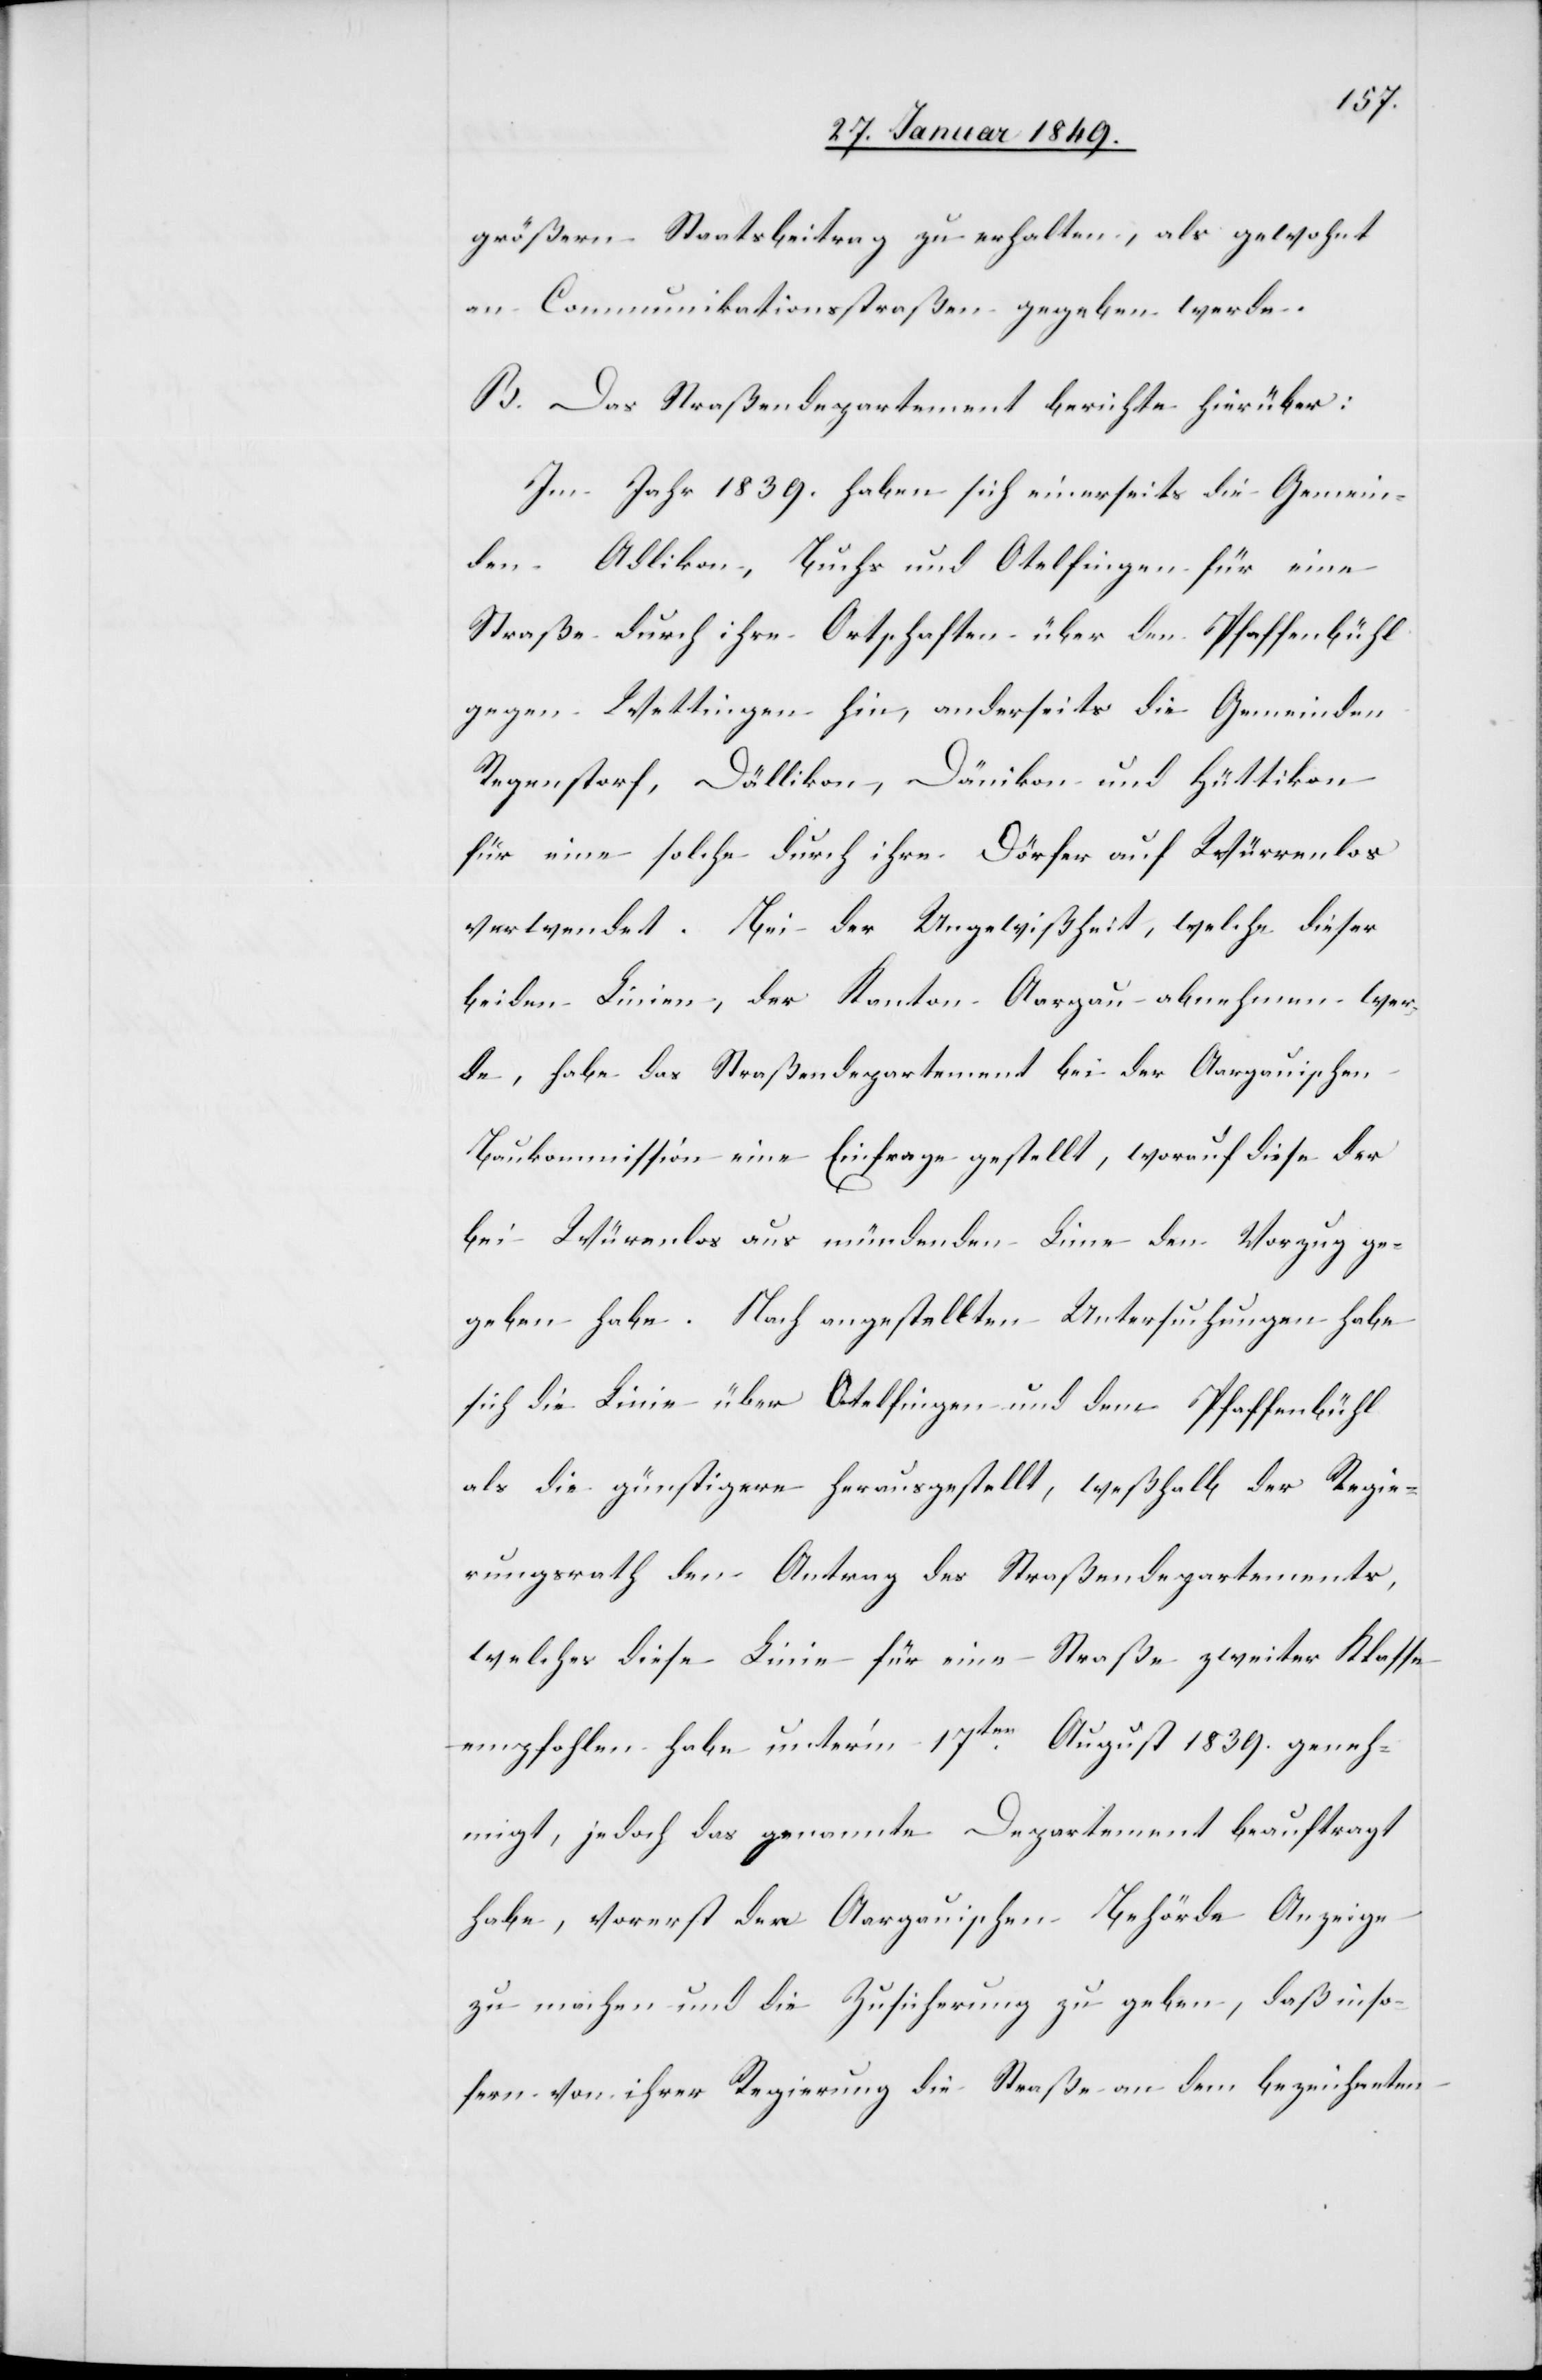
größern Staatsbeitrag zu erhalten, als gewohnt
an Communikationsstraßen gegeben werde.
B. Das Straßendepartement berichte hierüber:
Im Jahr 1839. haben sich einerseits die Gemein¬
den Adlikon, Buchs und Otelfingen für eine
Straße durch ihre Ortschaften über den Pfaffenbühl
gegen Wettingen hin, anderseits die Gemeinden
Regenstorf, Dällikon, Dänikon und Hüttikon
für eine solche durch ihre Dörfer auf Würrenlos
verwendet. Bei der Ungewißheit, welche dieser
beiden Linien, der Kanton Aargau abnehmen wer¬
de, habe das Straßendepartement bei der Aargauischen
Baukommission eine Einfrage gestellt, worauf diese der
bei Würenlos aus mündenden Linie den Vorzug ge¬
geben habe. Nach angestellten Untersuchungen habe
sich die Linie über Otelfingen und dem Pfaffenbühl
als die günstigere herausgestellt, weßhalb der Regie¬
rungsrath den Antrag des Straßendepartements,
welches diese Linie für eine Straße zweiter Klasse
empfohlen habe unter’m 17ten. August 1839. geneh¬
migt, jedoch das genannte Departement beauftragt
habe, vorerst der Aargauischen Behörde Anzeige
zu machen und die Zusicherung zu geben, daß inso¬
fern von ihrer Regierung die Straße an dem bezeichneten